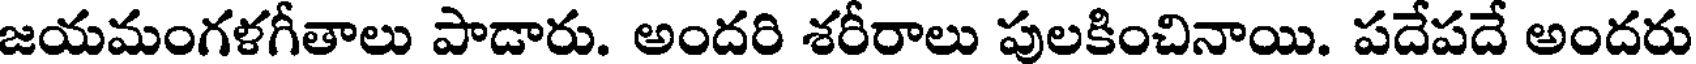
జయమంగళగీతాలు పాడారు. అందరి శరీరాలు పులకించినాయి. పదేపదే అందరు